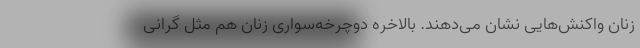
زنان واکنش‌هایی نشان می‌دهند. بالاخره دوچرخه‌سواری زنان هم مثل گرانی